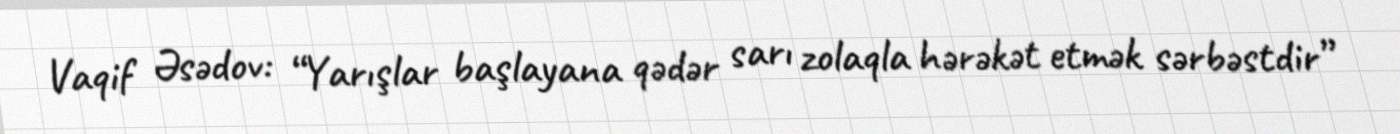
Vaqif Əsədov: “Yarışlar başlayana qədər sarı zolaqla hərəkət etmək sərbəstdir”